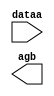
// megafunction wizard: %LPM_COMPARE%VBB%
// GENERATION: STANDARD
// VERSION: WM1.0
// MODULE: LPM_COMPARE 

// ============================================================
// Megafunction Name(s):
// 			LPM_COMPARE
//
// Simulation Library Files(s):
// 			lpm
// ============================================================
// ************************************************************
// THIS IS A WIZARD-GENERATED FILE. DO NOT EDIT THIS FILE!
//
// 17.1.0 Build 590 10/25/2017 SJ Lite Edition
// ************************************************************

//Copyright (C) 2017  Intel Corporation. All rights reserved.
//Your use of Intel Corporation's design tools, logic functions 
//and other software and tools, and its AMPP partner logic 
//functions, and any output files from any of the foregoing 
//(including device programming or simulation files), and any 
//associated documentation or information are expressly subject 
//to the terms and conditions of the Intel Program License 
//Subscription Agreement, the Intel Quartus Prime License Agreement,
//the Intel FPGA IP License Agreement, or other applicable license
//agreement, including, without limitation, that your use is for
//the sole purpose of programming logic devices manufactured by
//Intel and sold by Intel or its authorized distributors.  Please
//refer to the applicable agreement for further details.

module compare_2 (
	dataa,
	agb);

	input	[7:0]  dataa;
	output	  agb;

endmodule

// ============================================================
// CNX file retrieval info
// ============================================================
// Retrieval info: PRIVATE: AeqB NUMERIC "0"
// Retrieval info: PRIVATE: AgeB NUMERIC "0"
// Retrieval info: PRIVATE: AgtB NUMERIC "1"
// Retrieval info: PRIVATE: AleB NUMERIC "0"
// Retrieval info: PRIVATE: AltB NUMERIC "0"
// Retrieval info: PRIVATE: AneB NUMERIC "0"
// Retrieval info: PRIVATE: INTENDED_DEVICE_FAMILY STRING "MAX 10"
// Retrieval info: PRIVATE: LPM_PIPELINE NUMERIC "0"
// Retrieval info: PRIVATE: Latency NUMERIC "0"
// Retrieval info: PRIVATE: PortBValue NUMERIC "9"
// Retrieval info: PRIVATE: Radix NUMERIC "10"
// Retrieval info: PRIVATE: SYNTH_WRAPPER_GEN_POSTFIX STRING "0"
// Retrieval info: PRIVATE: SignedCompare NUMERIC "0"
// Retrieval info: PRIVATE: aclr NUMERIC "0"
// Retrieval info: PRIVATE: clken NUMERIC "0"
// Retrieval info: PRIVATE: isPortBConstant NUMERIC "1"
// Retrieval info: PRIVATE: nBit NUMERIC "8"
// Retrieval info: PRIVATE: new_diagram STRING "1"
// Retrieval info: LIBRARY: lpm lpm.lpm_components.all
// Retrieval info: CONSTANT: LPM_HINT STRING "ONE_INPUT_IS_CONSTANT=YES"
// Retrieval info: CONSTANT: LPM_REPRESENTATION STRING "UNSIGNED"
// Retrieval info: CONSTANT: LPM_TYPE STRING "LPM_COMPARE"
// Retrieval info: CONSTANT: LPM_WIDTH NUMERIC "8"
// Retrieval info: USED_PORT: agb 0 0 0 0 OUTPUT NODEFVAL "agb"
// Retrieval info: USED_PORT: dataa 0 0 8 0 INPUT NODEFVAL "dataa[7..0]"
// Retrieval info: CONNECT: @dataa 0 0 8 0 dataa 0 0 8 0
// Retrieval info: CONNECT: @datab 0 0 8 0 9 0 0 8 0
// Retrieval info: CONNECT: agb 0 0 0 0 @agb 0 0 0 0
// Retrieval info: GEN_FILE: TYPE_NORMAL compare_2.v TRUE
// Retrieval info: GEN_FILE: TYPE_NORMAL compare_2.inc FALSE
// Retrieval info: GEN_FILE: TYPE_NORMAL compare_2.cmp FALSE
// Retrieval info: GEN_FILE: TYPE_NORMAL compare_2.bsf TRUE
// Retrieval info: GEN_FILE: TYPE_NORMAL compare_2_inst.v TRUE
// Retrieval info: GEN_FILE: TYPE_NORMAL compare_2_bb.v TRUE
// Retrieval info: LIB_FILE: lpm